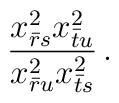
\displaystyle{\frac{x^{2}_{\bar{r}s}x^{2}_{\bar{t}u}}{x^{2}_{\bar{r}u}x^{2}_{\bar{t}s}}}\,.